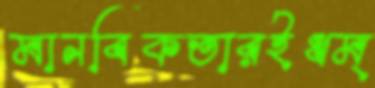
মানবিকতারইধম্